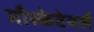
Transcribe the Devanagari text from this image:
मौस्केटेयर्स